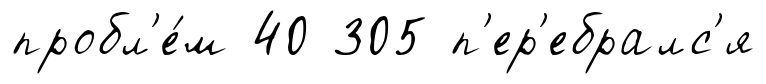
пробл'е́м 40 305 п'ер'ебралс'я